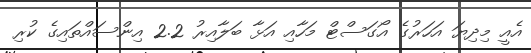
އެއީ މިދިޔަ އަހަރުގެ އޯގަސްޓް މަހާއި އަޅާ ބަލާއިރު 2.2 އިންސައްތައިގެ ކުރި